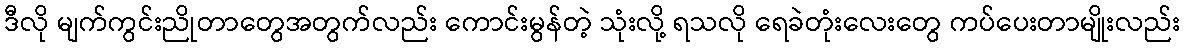
ဒီလို မျက်ကွင်းညိုတာတွေအတွက်လည်း ကောင်းမွန်တဲ့ သုံးလို့ ရသလို ရေခဲတုံးလေးတွေ ကပ်ပေးတာမျိုးလည်း